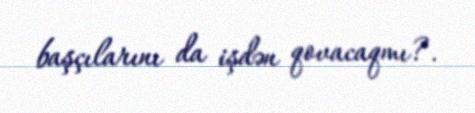
başçılarını da işdən qovacaqmı?.